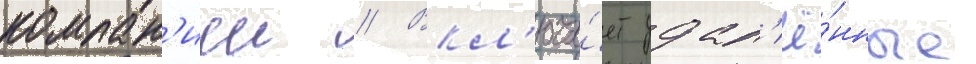
компан'иеи // Вкл'юча́ет удал'ё́нные